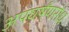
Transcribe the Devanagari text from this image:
अपघर्षंणरोध